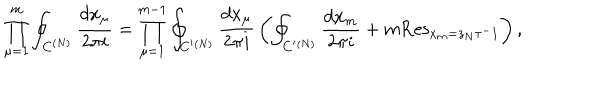
\displaystyle \prod _ { \mu = 1 } ^ { m } \oint _ { C ^ { ( N ) } } { \frac { d x _ { \mu } } { 2 \pi i } } = \displaystyle \prod _ { \mu = 1 } ^ { m - 1 } \oint _ { C ^ { \prime } { } ^ { ( N ) } } { \frac { d x _ { \mu } } { 2 \pi i } } \left( \oint _ { C ^ { \prime } { } ^ { ( N ) } } { \frac { d x _ { m } } { 2 \pi i } } + m \mathrm { R e s } _ { x _ { m } = z _ { N } \tau ^ { - } 1 } \right) ,